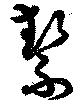
縶